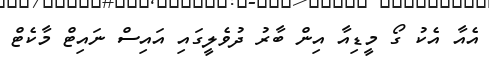
އެއާ އެކު ގޯ މީޑިއާ އިން ބާރު ދުވެލީގައި އައިސް ނައިޓް މާކެޓް